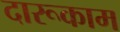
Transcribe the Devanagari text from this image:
दारूकाम